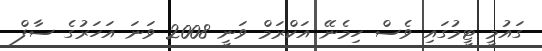
ގައުމީ ޓީމުގައި ވެސް ހިމެނޭ އަކްރަމް ވަނީ 2008 ވަނަ އަހަރުގެ ސާފް